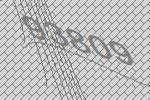
93809